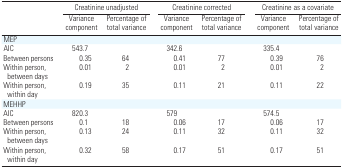
<table><thead><tr><td></td><td colspan="2"><b>Creatinine unadjusted</b></td><td colspan="2"><b>Creatinine corrected</b></td><td colspan="2"><b>Creatinine as a covariate</b></td></tr><tr><td></td><td><b>Variance component</b></td><td><b>Percentage of total variance</b></td><td><b>Variance component</b></td><td><b>Percentage of total variance</b></td><td><b>Variance component</b></td><td><b>Percentage of total variance</b></td></tr></thead><tbody><tr><td colspan="7">MEP</td></tr><tr><td>AIC</td><td>543.7</td><td></td><td>342.6</td><td></td><td>335.4</td><td></td></tr><tr><td>Between persons</td><td>0.35</td><td>64</td><td>0.41</td><td>77</td><td>0.39</td><td>76</td></tr><tr><td>Within person, between days</td><td>0.01</td><td>2</td><td>0.01</td><td>2</td><td>0.01</td><td>2</td></tr><tr><td>Within person, within day</td><td>0.19</td><td>35</td><td>0.11</td><td>21</td><td>0.11</td><td>22</td></tr><tr><td colspan="7">MEHHP</td></tr><tr><td>AIC</td><td>820.3</td><td></td><td>579</td><td></td><td>574.5</td><td></td></tr><tr><td>Between persons</td><td>0.1</td><td>18</td><td>0.06</td><td>17</td><td>0.06</td><td>17</td></tr><tr><td>Within person, between days</td><td>0.13</td><td>24</td><td>0.11</td><td>32</td><td>0.11</td><td>32</td></tr><tr><td>Within person, within day</td><td>0.32</td><td>58</td><td>0.17</td><td>51</td><td>0.17</td><td>51</td></tr></tbody></table>